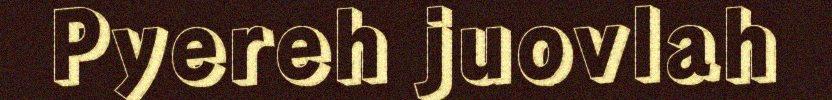
Pyereh juovlah